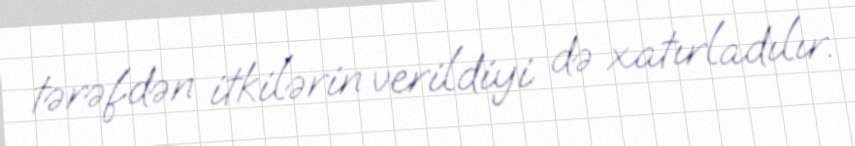
tərəfdən itkilərin verildiyi də xatırladılır.